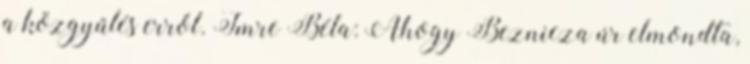
a közgyűlés erről. Imre Béla: Ahogy Beznicza úr elmondta,